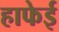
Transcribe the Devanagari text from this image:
हाफेई